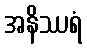
အနိဿရံ